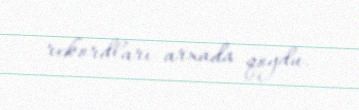
rekordları arxada qoydu.